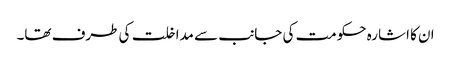
ان کا اشارہ حکومت کی جانب سے مداخلت کی طرف تھا۔